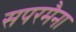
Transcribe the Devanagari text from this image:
सपरमैना